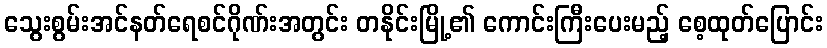
သွေးစွမ်းအင်နတ်ရေစင်ဂိုဏ်းအတွင်း တနိုင်းမြို့၏ ကောင်းကြီးပေးမည့် စေ့ထုတ်ပြောင်း